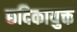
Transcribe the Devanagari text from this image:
छदिकायुक्त